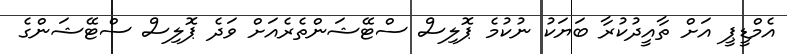
އެމްޑީޕީ އަށް ތާއީދުކުރާ ބަޔަކު ނުކުމެ ޕޮލިސް ސްޓޭޝަންތެރެއަށް ވަދެ ޕޮލިސް ސްޓޭޝަންގެ